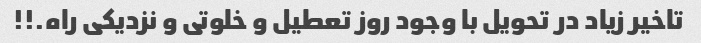
تاخیر زیاد در تحویل با وجود روز تعطیل و خلوتی و نزدیکی راه.!!